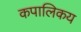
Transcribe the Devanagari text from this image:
कपालिकय